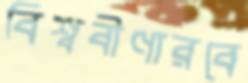
বিশ্ববীণারবে